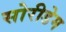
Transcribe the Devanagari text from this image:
सोरीडेम